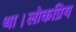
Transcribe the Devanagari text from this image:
था।लोकप्रिय